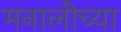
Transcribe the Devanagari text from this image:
मनालीच्या